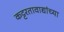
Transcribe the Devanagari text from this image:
कट्टरतावाद्यांच्या